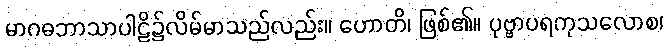
မာဂဓဘာသာပါဠိ၌လိမ်မာသည်လည်း။ ဟောတိ၊ ဖြစ်၏။ ပုဗ္ဗာပရကုသလောစ၊